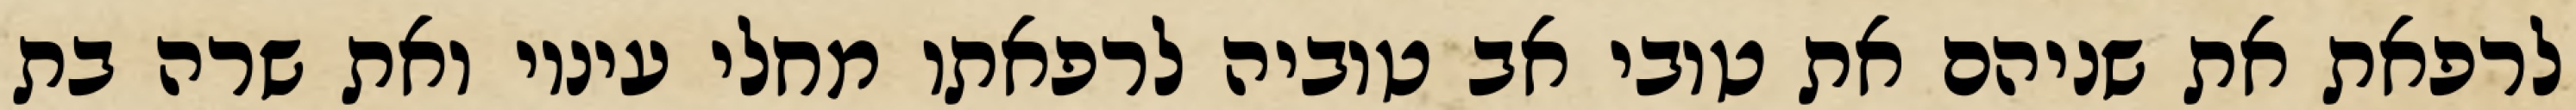
לרפאת את שניהם את טובי אב טוביה לרפאתו מחלי עיניו ואת שרה בת